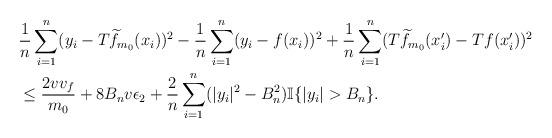
LaTeX: \begin{align*}& \frac{1}{n}\sum_{i=1}^n(y_i-T\widetilde{f}_{m_0}(x_i))^2-\frac{1}{n}\sum_{i=1}^n(y_i-f(x_i))^2 + \frac{1}{n}\sum_{i=1}^n(T\widetilde{f}_{m_0}(x^{\prime}_i)-Tf(x^{\prime}_i))^2\\ & \leq \frac{2vv_f}{m_0} + 8B_nv\epsilon_2 + \frac{2}{n}\sum_{i=1}^n(|y_i|^2-B^2_n)\mathbb{I}\{ |y_i| > B_n \}.\stepcounter{equation}\end{align*}